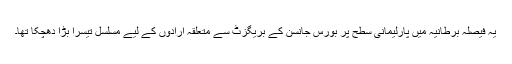
یہ فیصلہ برطانیہ میں پارلیمانی سطح پر بورس جانسن کے بریگزٹ سے متعلقہ ارادوں کے لیے مسلسل تیسرا بڑا دھچکا تھا۔